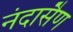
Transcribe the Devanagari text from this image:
नंदासैण